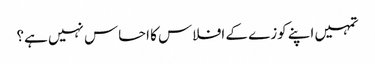
تمہیں اپنے کوزے کے افلاس کا احساس نہیں ہے؟